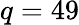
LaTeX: q=49